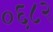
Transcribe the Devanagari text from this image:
०६८२